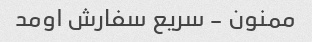
ممنون - سریع سفارش اومد